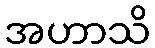
အဟာသိ